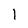
Character: I